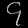
Digit: ၄